Lunatic asylums Madras 1892-1911 - 1892-1911
Year: 1892
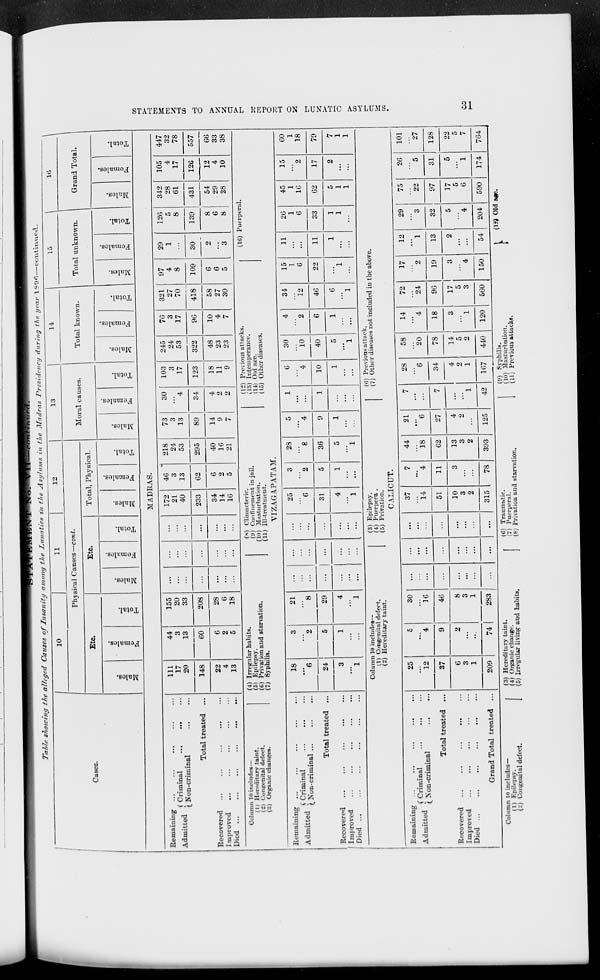
Table showing the alleged Causes Oj f Insanity among ti \e / unatict • in the Asylums in the Madras Presidency dun ng the year 1990—continued.
1
11
_
12
13
14
15
10
\
I
Phj sical Canses—cont.
Moral causes.
Total known.
Total unknown.
Grand To -
Cases.
Etc.
Etc.
Total, Physical.
DO
to
"3
0
o
to
m
"3
DO
O
"3
S
o
"3
o
DO
O
"3
DO
£1
3
a
fa
"3
o
DO
3
3
i=3
09
O
"3
a
©
fa
"3
0
DO
0
"3
DO
O
3
a
fa
"3
0
EH
DO
"3
3
DO
O
fa
3
0
DO
O
to
0
a
©
fa
O
MADKAS.
Remaining ...
,J - tf i (Criminal
Admitted s XT
...
(. Non-criininal
Total treated ...
Recovered
Improved
Died ...
...
...
...
...
...
in
17
20
44
3
13
60
155
20
33
...
...
172
21
40
46
3
13
218
24
53
73
3
13
30
4
103
3
17
245
24
53
76
3
17
321
27
70
418
97
4
8
29
1
126
5
8
312
28
61
105
4
17
447
32
78
148
208
...
233
62
295
89
34
123
322
96
109
30
2
3
139
431
126
557
22
4
13
6
2
5
28
6
18
...
...
...
34
14
16
6
2
5
40
16
21
14
9
7
4
2
2
18
11
9
48
23
23
10
4
7
58
27
30
6
6
5
8
6
8
54
29
28
12
4
10
66
33
38
Column 10 includes—
(1) Hereditary taint.
(2) Congenital defect.
(3) Organic changes.
(4) I rregu I ar habi t s.
(5) Epilepsy.
(0) Privation and starvation.
(1) Syphilis.
(s) Climacteric.
(9) Confinement in jail.
(10) Masturbation.
(11) Ill-treatment.
VIZAGAPATAM.
(12) Previous attacks.
(13) Intemperance.
(U) Old ajre.
(16) Other diseases.
(16) Puerperal.
Remaining ...
A J -i.i J ( Criminal
Admitted - x ,
. .
(. json-criminal ...
Total treated ...
Recovered
Improved
Died ...
18
**6
3
2
21
8
...
...
...
25
6
3
2
28
8
5
"4
1
6
' '4
30
10
4
2
34
12
15
1
6
11
26
1
6
33
45
1
16
15
2
60
1
18
24
5
29
...
...
31
5
36
9
1
10
40
6
46
22
11
62
17
79
3
1
1
4
1
...
...
...
4
1
1
5
1
1
...
1
5
"l
1
6
"l
1
1
1
1
5
1
1
2
7
1
1
Column 10 includes—
ll) Congenital defect.
(2) Hereditary taint.
(3) Epilepsy.
(4) Puerpera .
(5) Privation.
CALICUT.
(0) Previous attack.
(7) Other diseases not included in the above.
Remaining ...
Admitted f Criminal
(^^on-criminal
Total treated ...
Recovered ...
...
...
...
Improved
i—'•'-"'-<
...
•••
••«
»«•
•••
•••
25
12
5
"*4
30
16
...
...
...
37
14
7
*4
44
18
21
" 6
7
28
"G
58
20
14
4
72
24
17
2
19
12
1
29
3
75
22
26
5
101
"27
37
9
46
...
51
11
62
27
7
34
78
18
96
13
32
5
*4
204
97
31
128
6
3
1
2
8
3
1
...
...
...
10
3
2
3
13
3
2
4
2
1
4
2
1
14
5
2
3
1
17
5
3
3
4
2
17
5
6
5
1
22
5
7
Grand Total treated ••
209
74
283
...
...
315
78
393
125
42
167
440
120
500
150
54
590
174
764
1
CO
>
teJ
K
w
•-a
CO
.-3
o
>
a
t=3
o
o
a
>-
1-3
o
to
Kj
r 1
«=!
CO
Column 10 includes—
(1) Epilepsy.
(2) Congenital defect.
(3) Hereditary taint.
(4) Organic change.
(5) Irregular living and habits.
(G) Traumatic.
(7) Puerperal.
(8J Privation and starvation.
(9) Syphilis.
(10) Masturbation.
(11) Previous attacks.
(13) Old a#j.